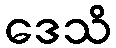
ဒေသိ